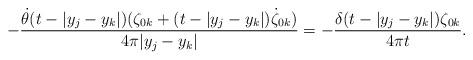
LaTeX: \begin{align*}-\frac{\dot\theta(t-|y_j-y_k|)(\zeta_{0k}+(t-|y_j-y_k|)\dot\zeta_{0k})}{4\pi|y_j-y_k|}=-\frac{\delta(t-|y_j-y_k|)\zeta_{0k}}{4\pi t}.\end{align*}